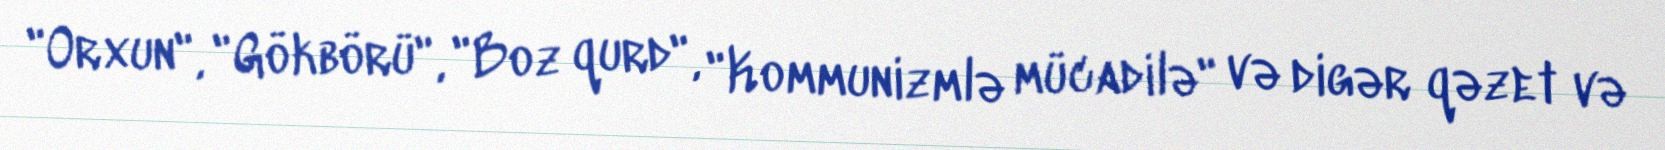
"Orxun", "Gökbörü", "Boz qurd", "Kommunizmlə mücadilə" və digər qəzet və